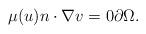
LaTeX: \begin{align*}\mu(u)n\cdot\nabla v=0\partial\Omega.\end{align*}